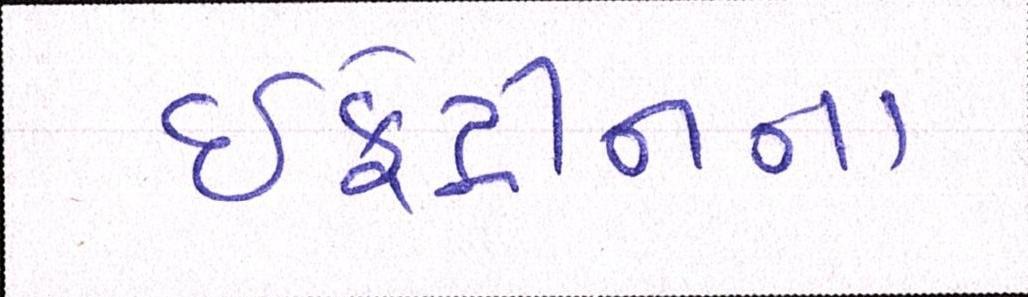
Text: ઇફેડ્રીનના